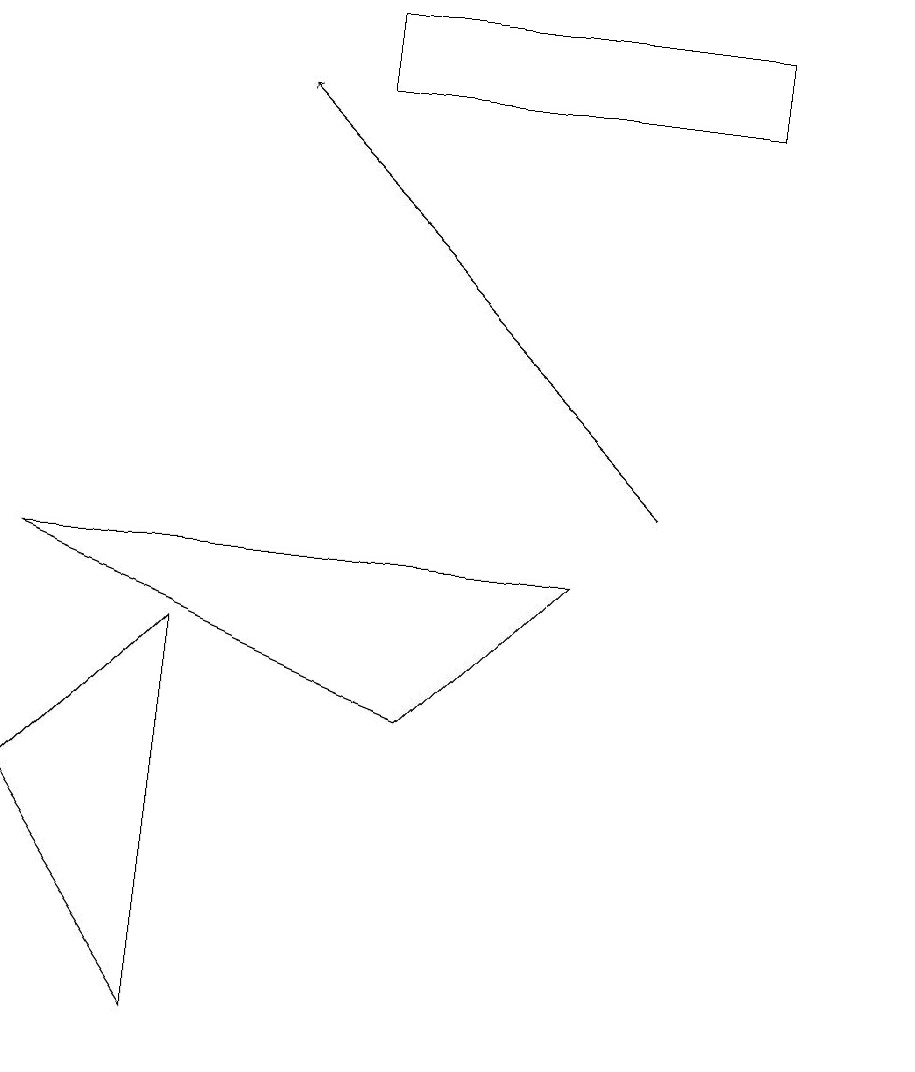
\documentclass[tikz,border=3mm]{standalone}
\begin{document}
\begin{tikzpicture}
\draw (4,16) rectangle (9,15);
\draw (0,6) -- (2,3) -- (2,8) -- cycle;
\draw[->] (8,10) -- (3,15);
\draw (11,10) circle (0);
\draw (5,7) -- (0,9) -- (7,9) -- cycle;
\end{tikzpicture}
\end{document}